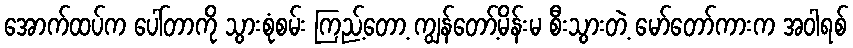
အောက်ထပ်က ပေါ်တာကို သွားစုံစမ်း ကြည့်တော့ ကျွန်တော့်မိန်းမ စီးသွားတဲ့ မော်တော်ကားက အဝါရစ်